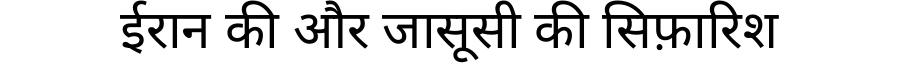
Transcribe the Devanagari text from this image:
ईरान की और जासूसी की सिफ़ारिश